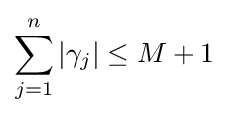
\sum _{j=1}^{n}\left|\gamma _{j}\right|\leq M+1